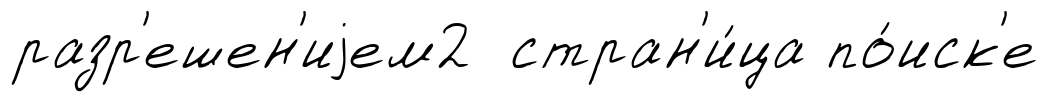
разр'ешен'иjем2 стран'и́ца по́иск'е